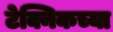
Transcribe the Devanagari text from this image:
टेक्निकच्या